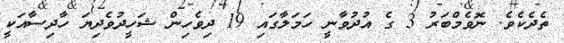
ތެދެކެވެ. ނޮވެމްބަރު 3 ގެ އުދުވާނީ ހަމަލާގައި 19 ދިވެހިން ޝަހީދުވެދިޔަ ހާދިސާއަކީ